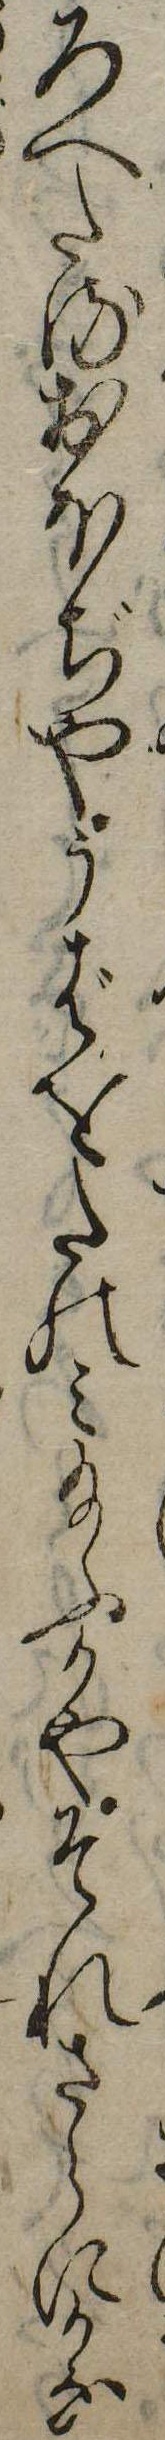
ろへたるおほぢやうばをたのみ給ふかやそれさらにかな